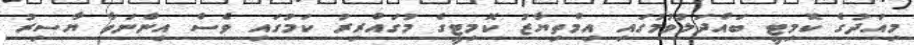
މިއަދުގެ ކޮމިޓީ ބައްދަލުވުމުގައި އިމްތިޔާޒު ކޮމިޓީގެ މުގައްރިރު ކަމުގައި ވެސް އިންނަވާ ޔާސިރު